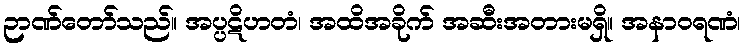
ဉာဏ်တော်သည်။ အပ္ပဋိဟတံ၊ အထိအခိုက် အဆီးအတားမရှိ။ အနာဝရဏံ၊